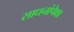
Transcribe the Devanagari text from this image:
साधनांपेक्षा